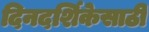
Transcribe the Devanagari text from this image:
दिनदर्शिकेसाठी